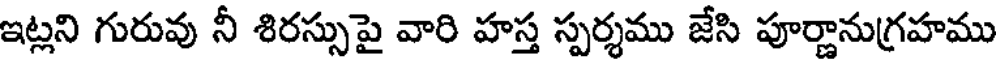
ఇట్లని గురువు నీ శిరస్సుపై వారి హస్త స్పర్శము జేసి పూర్ణానుగ్రహము